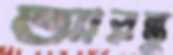
আরস্তু